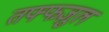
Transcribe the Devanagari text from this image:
तफ्फज़ुल